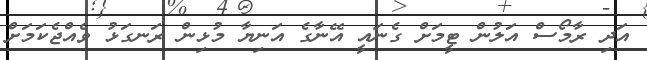
އަދި ރާމޯސް އަލުން ޓީމަށް ގެނައީ އޭނާގެ އަނިޔާ މުޅިން ރަނގަޅު ވެއްޖެކަމަށް